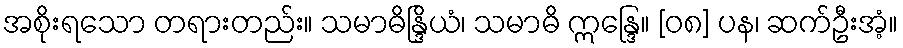
အစိုးရသော တရားတည်း။ သမာဓိန္ဒြိယံ၊ သမာဓိ ဣန္ဒြေ။ [၀၈] ပန၊ ဆက်ဦးအံ့။